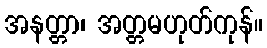
အနတ္တာ၊ အတ္တမဟုတ်ကုန်။